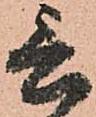
言